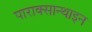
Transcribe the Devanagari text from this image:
पाराक्सान्थाइन